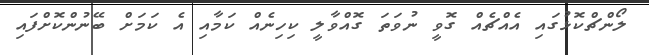
ލޯންޗްކޮޅުގައި އެއްޗެއް ގޮވީ ނުވަތަ ގޮއްވާލީ ކިހިނެއް ކަމާއި އެ ކަމަށް ބޭނުންކޮށްފައި